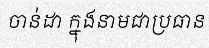
ចាន់ដា ក្នុងនាមជាប្រធាន